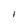
Character: l